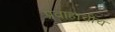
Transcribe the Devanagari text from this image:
प्रवाहाचीच